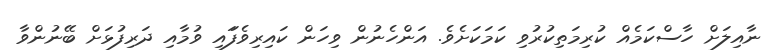
ނާއިލަށް ހާސްކަމެއް ކުރިމަތިކުރުވި ކަމަކަށެވެ. އަންހެނުން ވިހަން ކައިރިވެފަައި ވުމާއި ދަރިފުޅަށް ބޭނުންވާ